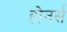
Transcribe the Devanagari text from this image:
होनर्स